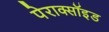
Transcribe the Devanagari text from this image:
पेराक्सॉइड